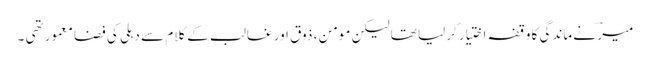
میرؔ نے ماندگی کا وقفہ اختیار کرلیا تھا لیکن مومن ، ذوق اور غالب کے کلام سے دہلی کی فضا معمور تھی ۔